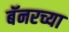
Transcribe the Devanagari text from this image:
बॅनरच्या